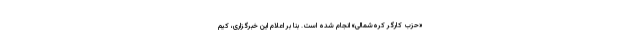
«حزب کارگر کره‌شمالی» انجام شده است. بنا بر اعلام این‌ خبرگزاری، کیم